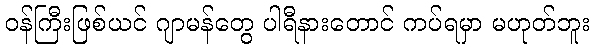
ဝန်ကြီးဖြစ်ယင် ဂျာမန်တွေ ပါရီနားတောင် ကပ်ရမှာ မဟုတ်ဘူး